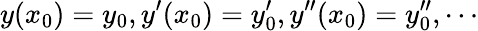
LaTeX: y(x_{0})=y_{0},y^{\prime}(x_{0})=y_{0}^{\prime},y^{\prime\prime}(x_{0})=y_{0}^{\prime\prime},\cdots